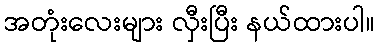
အတုံးလေးများ လှီးပြီး နယ်ထားပါ။